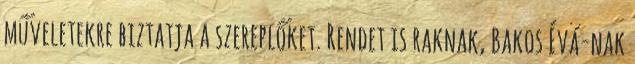
műveletekre biztatja a szereplőket. Rendet is raknak, Bakos Évá-nak